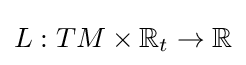
L:TM\times \mathbb {R} _{t}\to \mathbb {R}